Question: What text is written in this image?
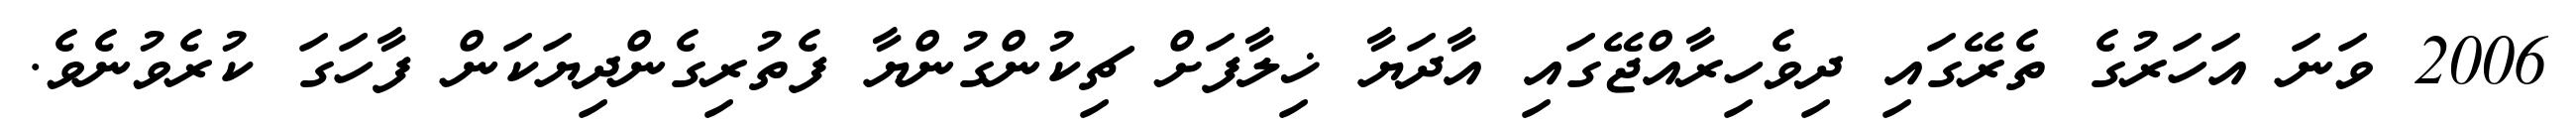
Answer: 2006 ވަނަ އަހަރުގެ ތެރޭގައި ދިވެހިރާއްޖޭގައި އާދަޔާ ޚިލާފަށް ޗިކުންގުންޔާ ފެތުރިގެންދިޔަކަން ފާހަގަ ކުރެވުނެވެ.